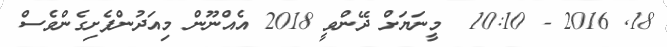
18